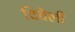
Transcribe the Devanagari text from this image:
चिवेली